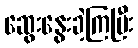
ဆွေးနွေးခဲ့ကြပြီး